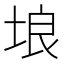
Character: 埌